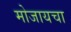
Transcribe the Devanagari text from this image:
मोजायचा